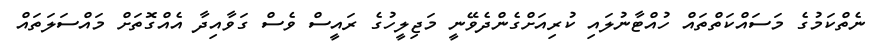
ނެތްކަމުގެ މަސައްކަތްތައް ހުއްޓާނުލައި ކުރިއަށްގެންދެވޭނީ މަޖިލީހުގެ ރައީސް ވެސް ގަވާއިދާ އެއްގޮތަށް މައްސަލަތައް